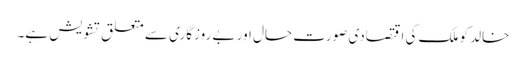
خالد کو ملک کی اقتصادی صورت حال اور بے روزگاری سے متعلق تشویش ہے۔